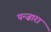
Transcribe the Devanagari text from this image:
पन्ज़ारा